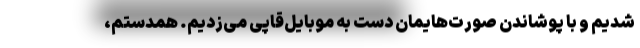
شدیم و با پوشاندن صورت‌هایمان دست به موبایل‌قاپی می‌زدیم. همدستم،